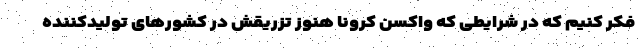
فکر کنیم که در شرایطی که واکسن کرونا هنوز تزریقش در کشورهای تولیدکننده